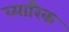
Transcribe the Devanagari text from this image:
व्यारिक